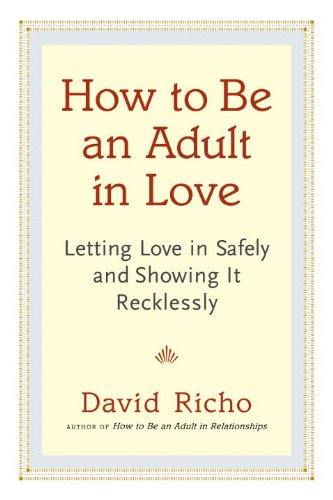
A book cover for How to Be an Adult in Love: Letting Love in Safely and Showing It Recklessly; David Richo; Self-Help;